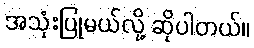
အသုံးပြုမယ်လို့ ဆိုပါတယ်။